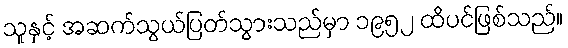
သူနှင့် အဆက်သွယ်ပြတ်သွားသည်မှာ ၁၉၅၂ ထိပင်ဖြစ်သည်။